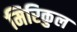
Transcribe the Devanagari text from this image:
मिरिकुल